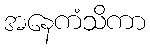
အနေကံသိကာ